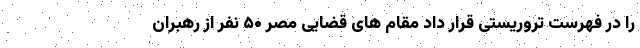
را در فهرست تروریستی قرار داد مقام های قضایی مصر ۵۰ نفر از رهبران